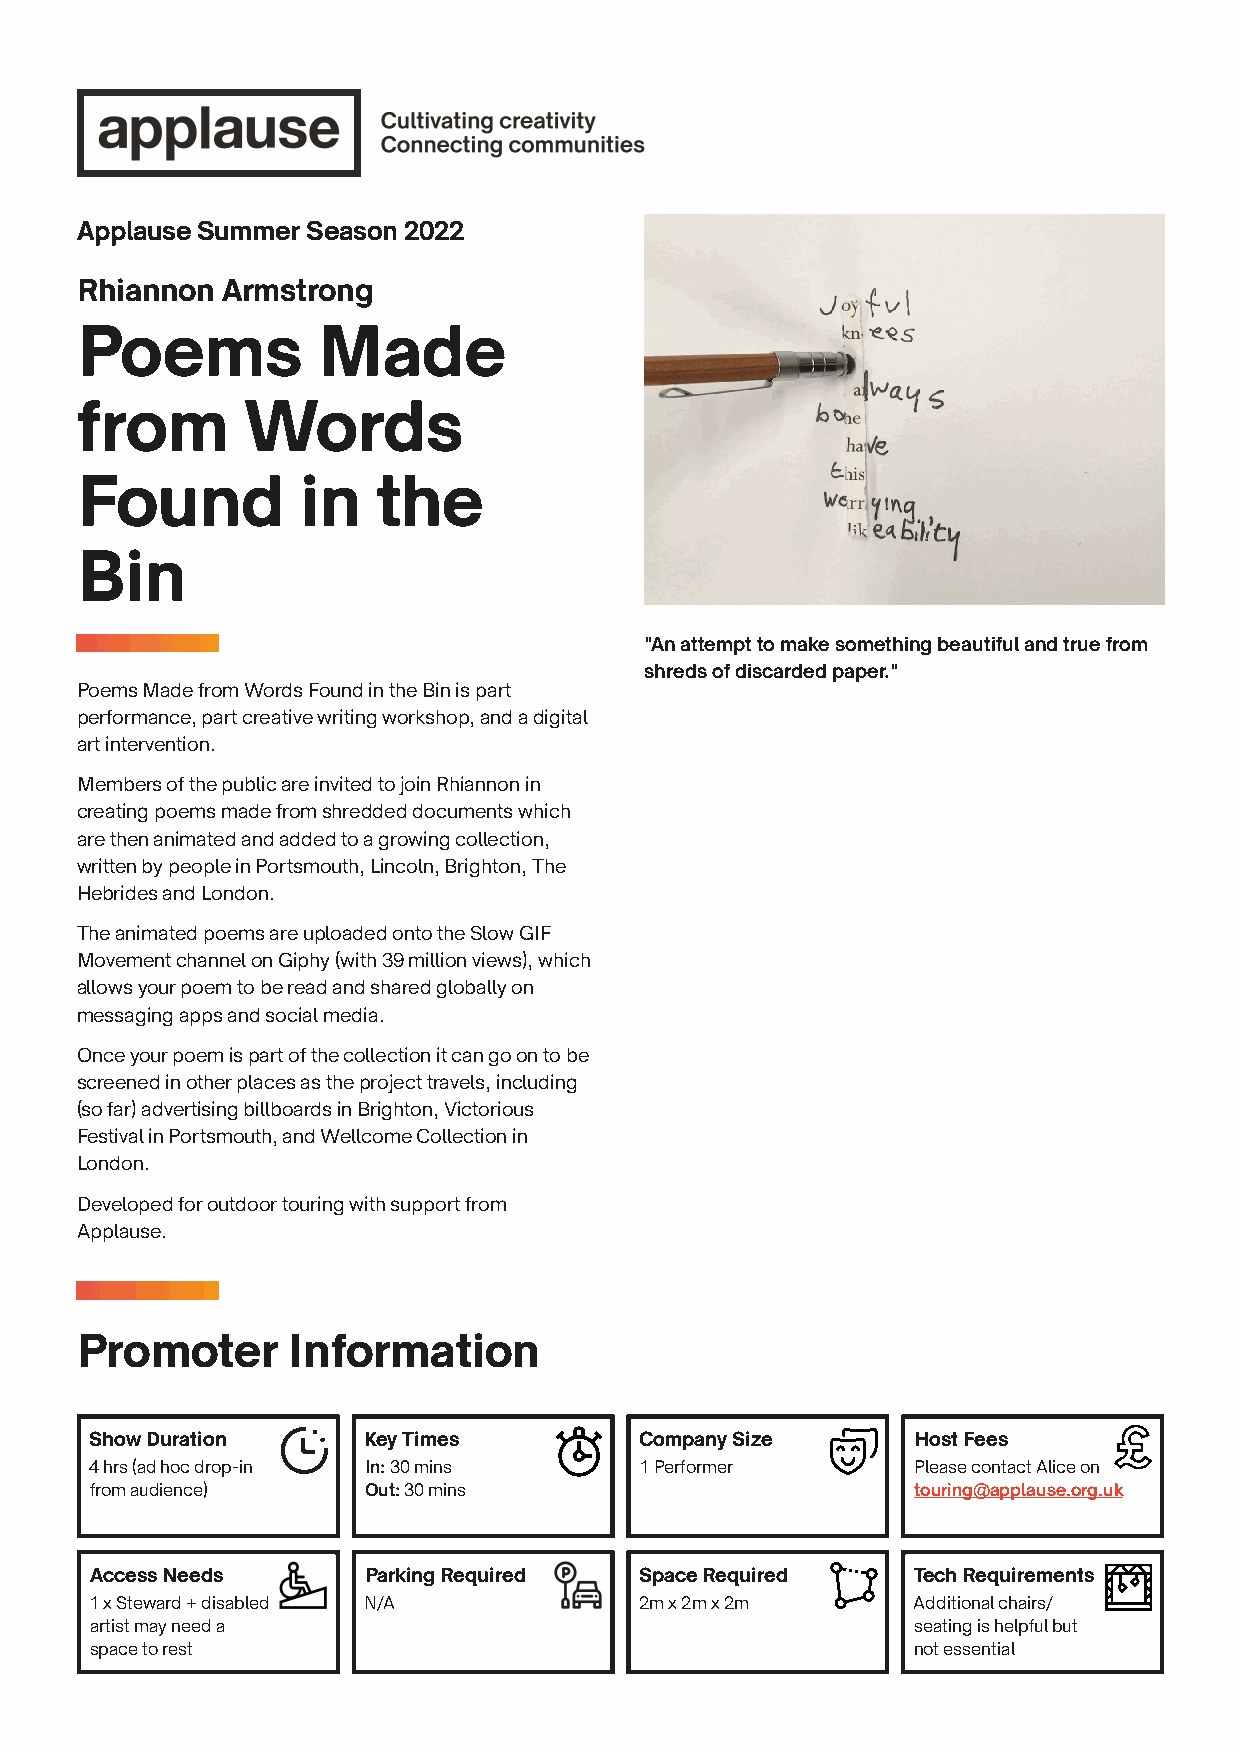
Applause Summer Season 2022
 Rhiannon  Armstrong
 Poems           Made
 from       Words
 Found          in   the
 Bin
 "An attempt to make something beautiful and true from
 shreds of discarded paper."
 P oems Made from Words Found in the Bin is part
 performance, part creative writing workshop, and a digital
 art intervention.
 Members of the public are invited to join Rhiannon in
 creating poems made from shredded documents which
 are then animated and added to a growing collection,
 written by people in Portsmouth, Lincoln, Brighton, The
 Hebrides and London.
 The animated poems are uploaded onto the Slow GIF
 Movement channel on Giphy (with 39 million views), which
 allows your poem to be read and shared globally on
 messaging apps and social media.
 Once your poem is part of the collection it can go on to be
 screened in other places as the project travels, including
 (so far) advertising billboards in Brighton, Victorious
 Festival in Portsmouth, and Wellcome Collection in
 London.
 Developed for outdoor touring with support from
 Applause.
 Promoter      Information
 Show Duration     Key Times         Company Size      Host Fees
 4 hrs (ad hoc drop-in In: 30 mins   1 Performer       Please contact Alice on
 from audience)    Out: 30 mins                        touring@applause.org.uk
 Access Needs      Parking Required  Space Required    Tech Requirements
 1 x Steward + disabled N/A          2m x 2m x 2m      Additional chairs/
 artist may need a                                     seating is helpful but
 space to rest                                         not essential